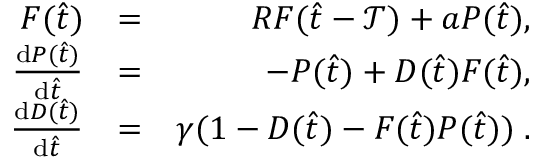
\begin{array} { r l r } { F ( \hat { t } ) } & { = } & { R F ( \hat { t } - \mathcal { T } ) + a P ( \hat { t } ) , } \\ { \frac { \mathrm { d } P ( \hat { t } ) } { \mathrm { d } \hat { t } } } & { = } & { - P ( \hat { t } ) + D ( \hat { t } ) F ( \hat { t } ) , } \\ { \frac { \mathrm { d } D ( \hat { t } ) } { \mathrm { d } \hat { t } } } & { = } & { \gamma ( 1 - D ( \hat { t } ) - F ( \hat { t } ) P ( \hat { t } ) ) \; . } \end{array}